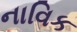
નાવિક